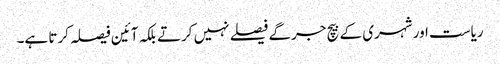
ریاست اور شہری کے بیچ جرگے فیصلے نہیں کرتے بلکہ آئین فیصلہ کرتا ہے۔